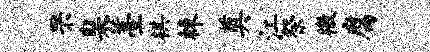
罘臬薹棋棘奠江祭檄腐